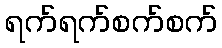
ရက်ရက်စက်စက်